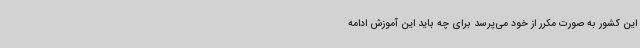
این کشور به صورت مکرر از خود می‌پرسد برای چه باید این آموزش ادامه